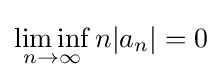
\liminf _{n\to \infty }n|a_{n}|=0